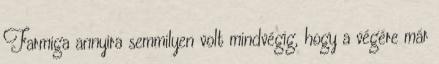
Farmiga annyira semmilyen volt mindvégig, hogy a végére már